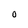
Character: O